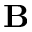
{ \bf B }